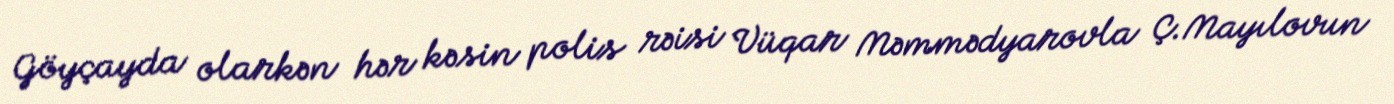
Göyçayda olarkən hər kəsin polis rəisi Vüqar Məmmədyarovla Ç.Mayılovun